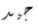
جيد